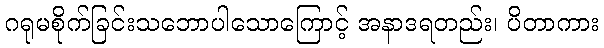
ဂရုမစိုက်ခြင်းသဘောပါသောကြောင့် အနာဒရတည်း၊ ပိတာကား